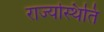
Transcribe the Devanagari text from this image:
राज्यस्थिति